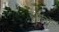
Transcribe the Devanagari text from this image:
इमलों